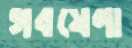
গবষেণা